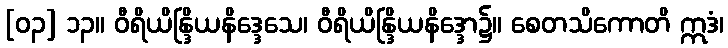
[၀၃] ၁၃။ ဝီရိယိန္ဒြိယနိဒ္ဒေသေ၊ ဝီရိယိန္ဒြိယနိဒ္ဒော၌။ စေတသိကောတိ ဣဒံ၊